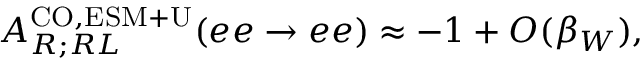
A _ { R ; R L } ^ { \mathrm { C O , E S M + U } } ( e e \to e e ) \approx - 1 + O ( \beta _ { W } ) ,